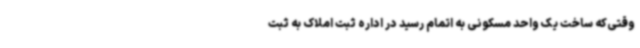
وقتی‌که ساخت یک واحد مسکونی به اتمام رسید در اداره ثبت املاک به ثبت